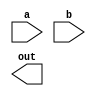
module ternary_min(a, b, out);
  input [1:0] a;
  input [1:0] b;
  output [1:0] out;
  // TODO: implementation
endmodule

module ternary_max(a, b, out);
  input [1:0] a;
  input [1:0] b;
  output [1:0] out;
  // TODO: implementation
endmodule

module ternary_any(a, b, out);
  input [1:0] a;
  input [1:0] b;
  output [1:0] out;
  // TODO: implementation
endmodule

module ternary_consensus(a, b, out);
  input [1:0] a;
  input [1:0] b;
  output [1:0] out;
  // TODO: implementation
endmodule